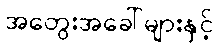
အတွေးအခေါ်များနှင့်